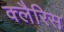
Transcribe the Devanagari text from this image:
क्लैरिस